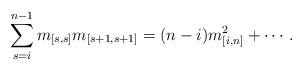
LaTeX: \begin{align*}\sum_{s=i}^{n-1}m_{[s,s]}m_{[s+1,s+1]}=(n-i)m^{2}_{[i,n]}+\cdots.\end{align*}